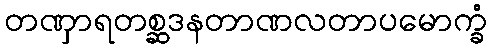
တဏှာရတစ္ဆဒနတာဏလတာပမောက္ခံ